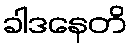
ခါဒနေတိ